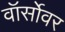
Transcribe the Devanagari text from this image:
वॉर्सोवर